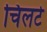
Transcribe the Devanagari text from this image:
चिलटे